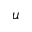
\boldsymbol { u }